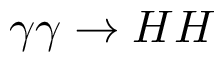
\gamma \gamma \rightarrow H H